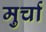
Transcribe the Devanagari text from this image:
मुर्चा